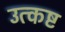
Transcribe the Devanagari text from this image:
उत्कष्ट